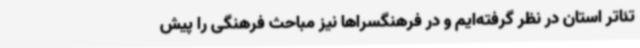
تئاتر استان در نظر گرفته‌ایم و در فرهنگسراها نیز مباحث فرهنگی را پیش